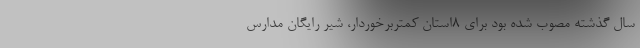
سال گذشته مصوب شده بود برای 8استان کمتربرخوردار، شیر رایگان مدارس